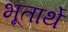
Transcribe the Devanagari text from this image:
भूतार्थे